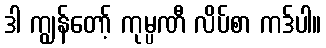
ဒါ ကျွန်တော့် ကုမ္ပဏီ လိပ်စာ ကဒ်ပါ။